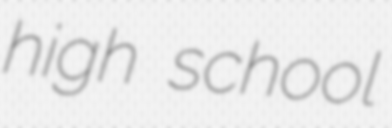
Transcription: high school